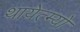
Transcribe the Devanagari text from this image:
थायेत्म्यो